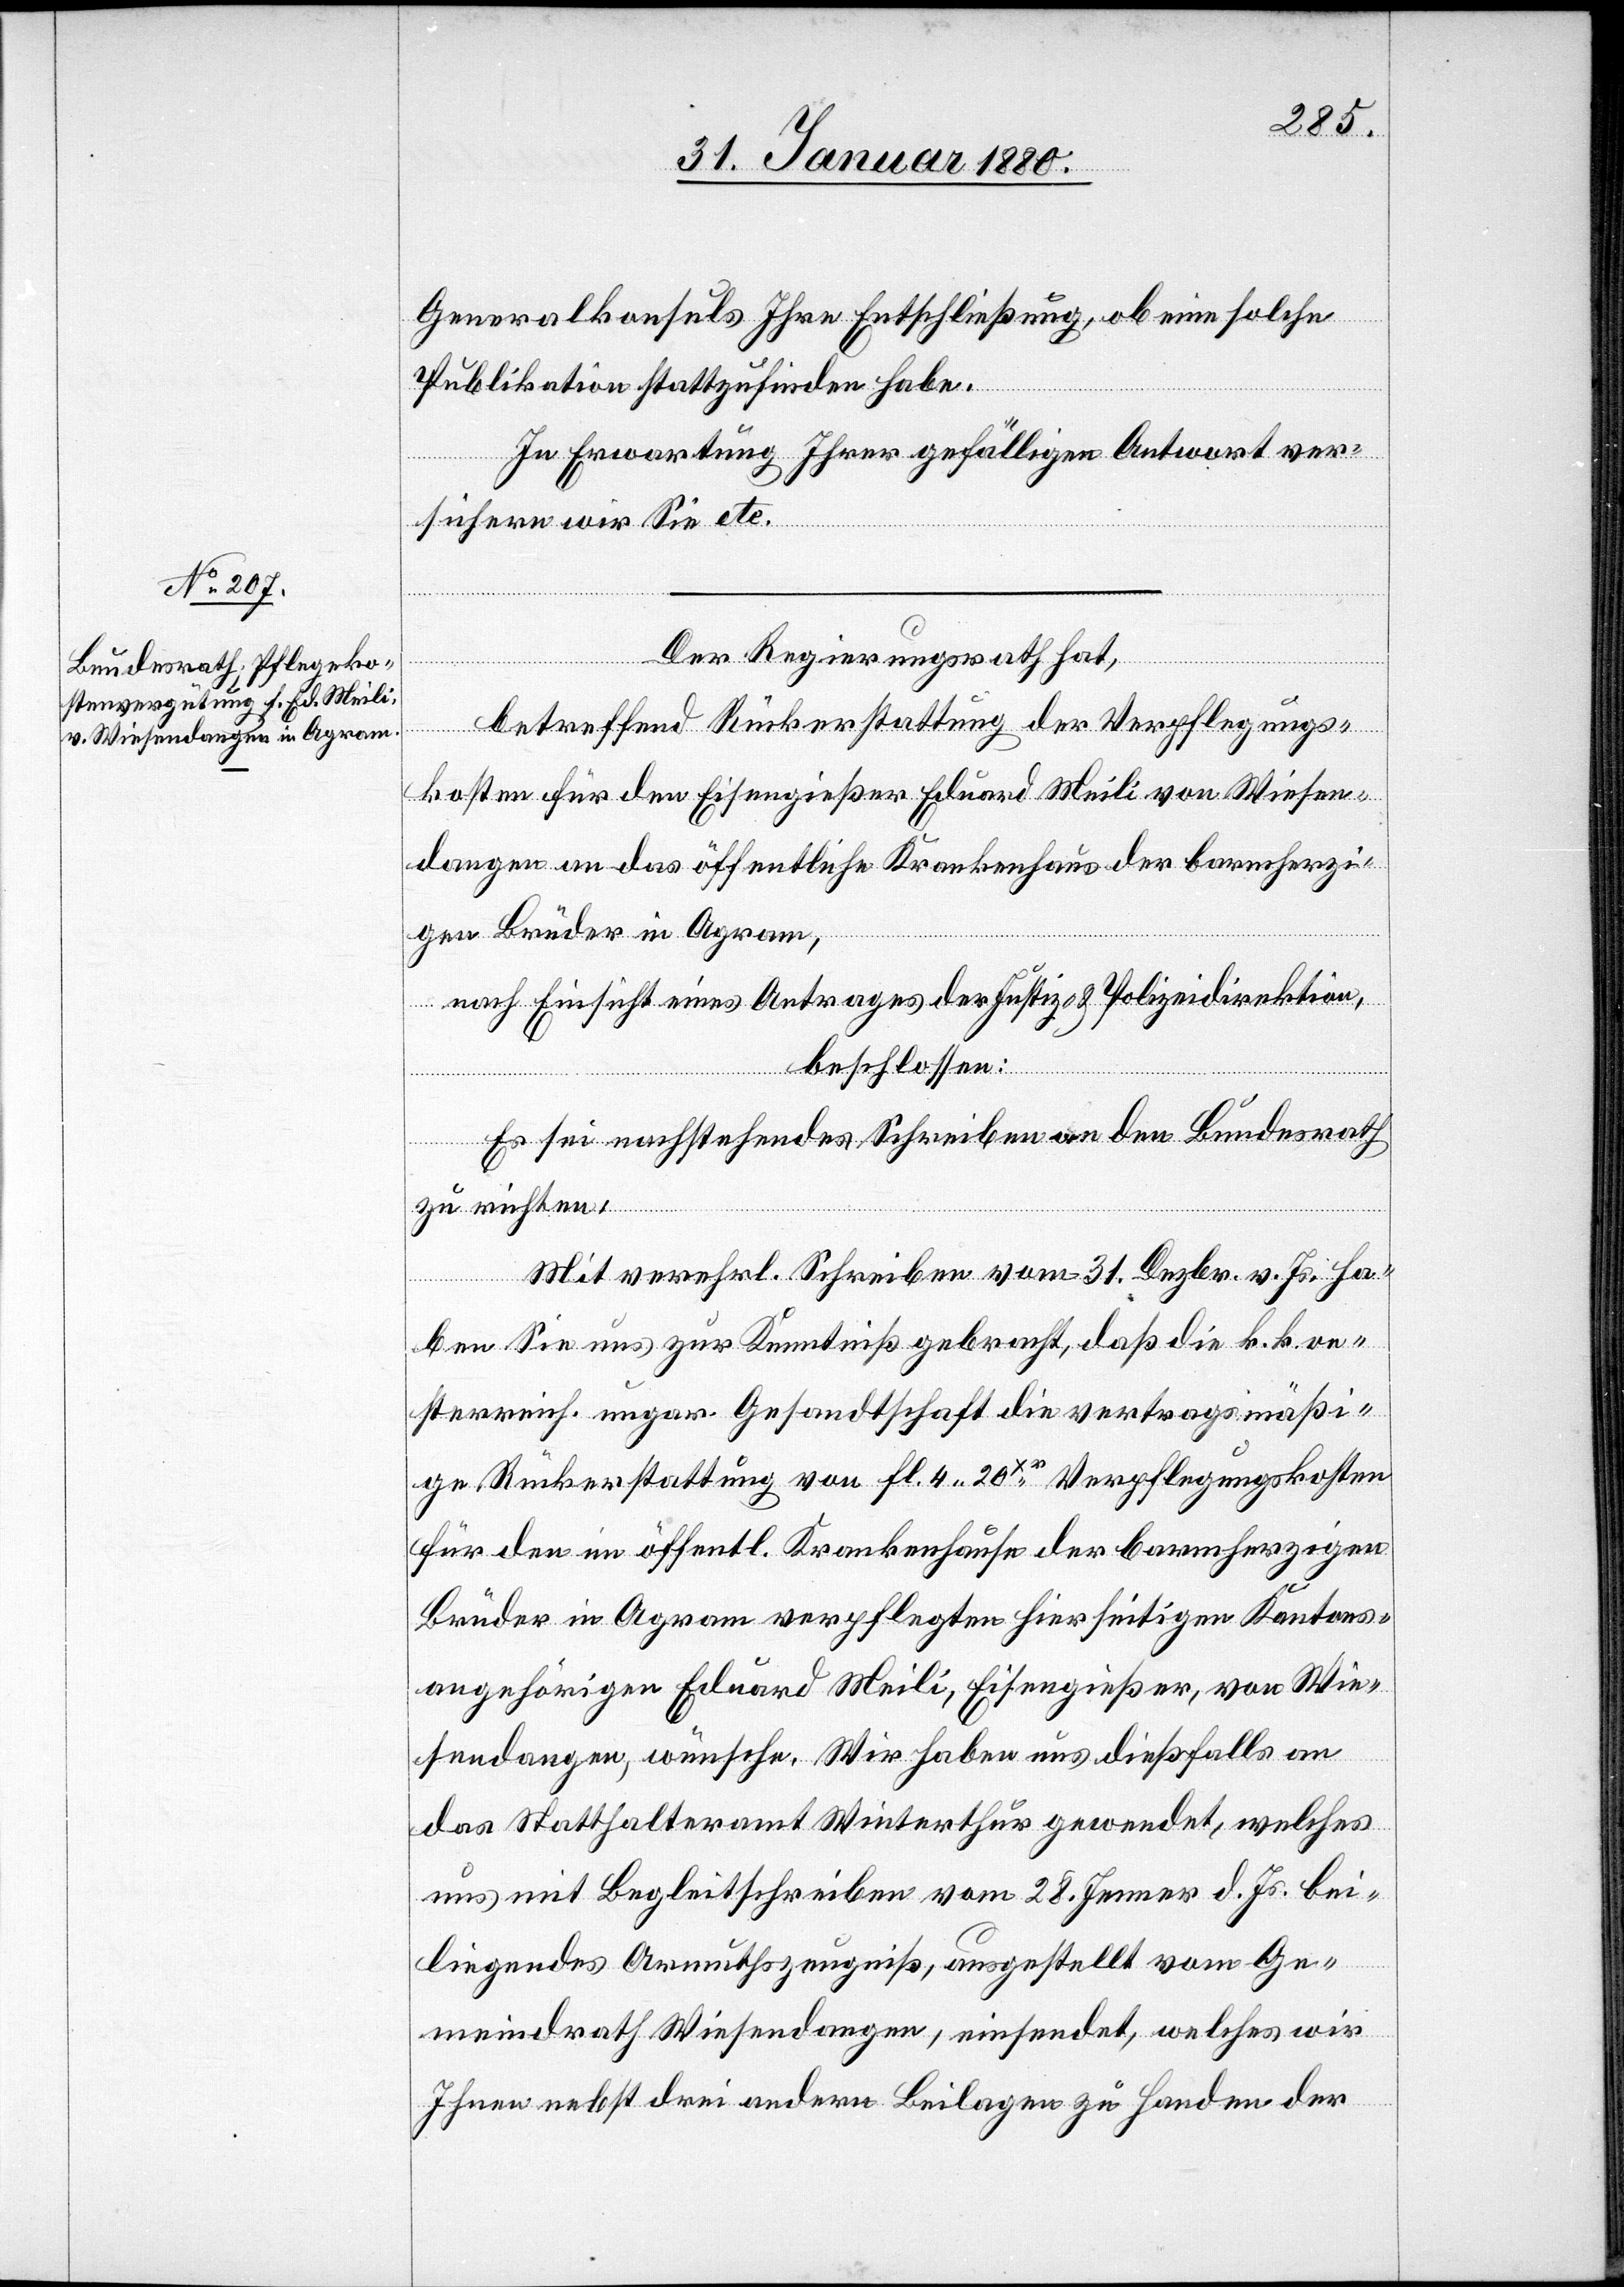
Generalkonsuls Ihre Entschließung, ob eine solche
Publikation stattzufinden habe.
In Erwartung ihrer gefälligen Antwort ver¬
sichern wir Sie etc.
Der Regierungsrath hat,
betreffend Rückerstattung der Verpflegungs¬
kosten für den Eisengießer Eduard Meili von Wiesen¬
dangen an das öffentliche Krankenhaus der barmherzi¬
gen Brüder in Agram,
nach Einsicht eines Antrages der Justiz- & Polizeidirektion,
beschlossen:
Es sei nachstehendes Schreiben an den Bundesrath
zu richten:
Mit verehrl. Schreiben vom 31. Dezbr. v. Js. ha¬
ben Sie uns zur Kenntniß gebracht, daß die k. k. oe¬
sterreich. ungar. Gesandtschaft die vertragsmäßi¬
ge Rückerstattung von fl. 4.20Xr. Verpflegungskosten
für den im öffentl. Krankenhause der barmherzigen
Brüder in Agram verpflegten hierseitigen Kantons¬
angehörigen Eduard Meili, Eisengießer, von Wie¬
sendangen, wünsche. Wir haben uns dießfalls an
das Statthalteramt Winterthur gewendet, welches
und mit Begleitschreiben vom 28. Jenner d. Js. bei¬
liegendes Armuthszeugniß, ausgestellt vom Ge¬
meindrath Wiesendangen, einsendet, welches wir
Ihnen nebst drei andern Beilagen zu Handen der